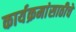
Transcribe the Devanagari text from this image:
कार्यक्रमांसाठीचे